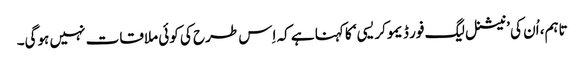
تاہم، اُن کی ’نیشنل لیگ فور ڈیموکریسی‘ کا کہنا ہے کہ اِس طرح کی کوئی ملاقات نہیں ہوگی۔